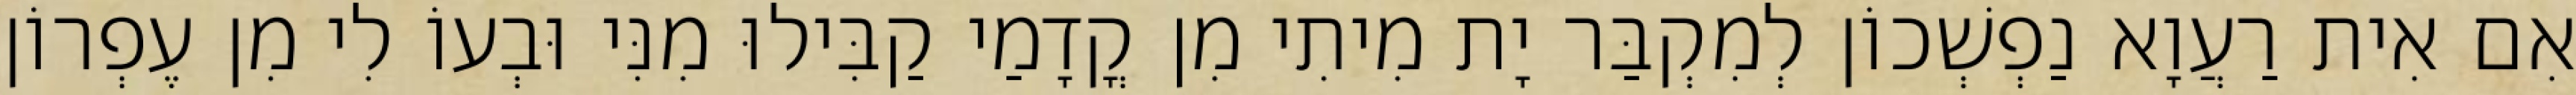
אִם אִית רַעֲוָא נַפְשְׁכוֹן לְמִקְבַּר יָת מִיתִי מִן קֳדָמַי קַבִּילוּ מִנִּי וּבְעוֹ לִי מִן עֶפְרוֹן